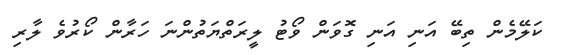
ކަލޭމެން ތިބޭ އަނި އަނި ގޮވަން ވޯޓު ލީރަތްޔަތުންނަ ހަރާން ކޯރުވެ ލާރި